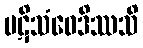
ပဋိသံဝေဒိဿသိ